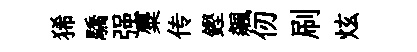
狶驕强麋传鏗飆仞刷炫